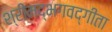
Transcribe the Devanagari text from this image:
श्रीमद्‌भगवद्‍गीता